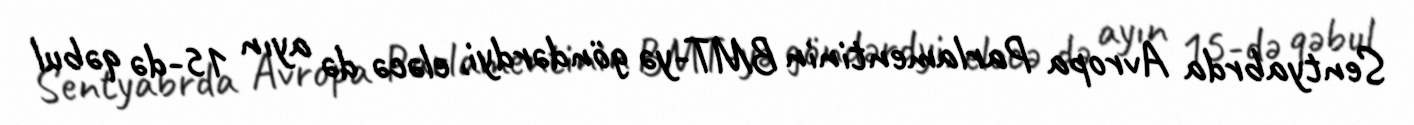
Sentyabrda Avropa Parlamentinin BMT-yə göndərdyi, eləcə də ayın 15-də qəbul